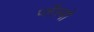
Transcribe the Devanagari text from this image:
प्लैस्बो